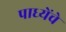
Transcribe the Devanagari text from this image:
पाध्येंचे